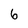
Character: 6